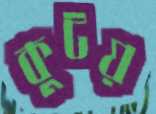
কুটয়